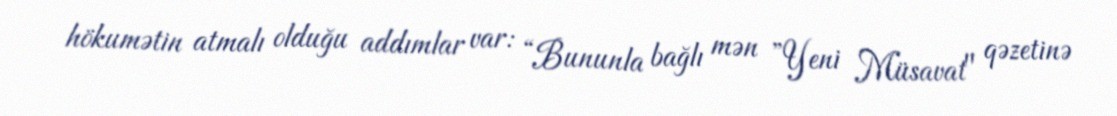
hökumətin atmalı olduğu addımlar var: “Bununla bağlı mən ”Yeni Müsavat" qəzetinə